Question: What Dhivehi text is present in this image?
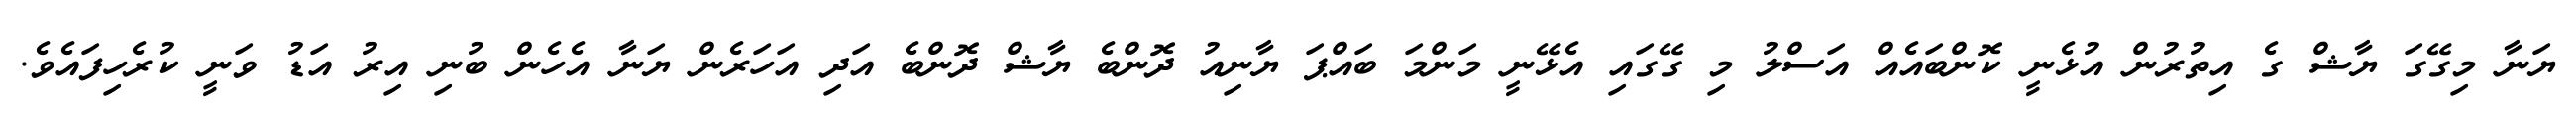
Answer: ޔަނާ މިގޭގަ ޔާޝް ގެ އިތުރުން އުޅެނީ ކޮންބައެއް އަސްލު މި ގޭގައި އެޅޭނީ މަންމަ ބައްޕަ ޔާނިއު ދޮންބެ ޔާޝް ދޮންބެ އަދި އަހަރެން ޔަނާ އެހެން ބުނި އިރު އަޑު ވަނީ ކުރެހިފައެވެ.